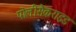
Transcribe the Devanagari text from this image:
पोलीसैकराइड